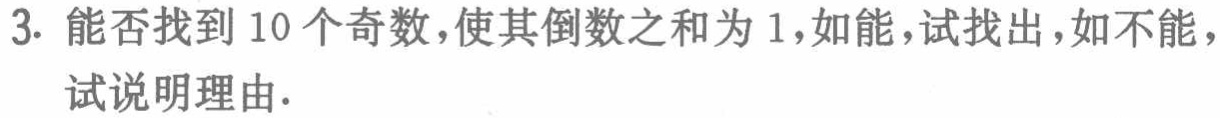
3. 能否找到 10 个奇数，使其倒数之和为 1，如能，试找出，如不能，试说明理由.